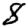
Digit: 8